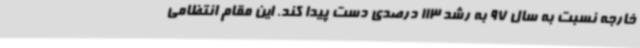
خارجه نسبت به سال 97 به رشد 113 درصدی دست پیدا کند. این مقام انتظامی